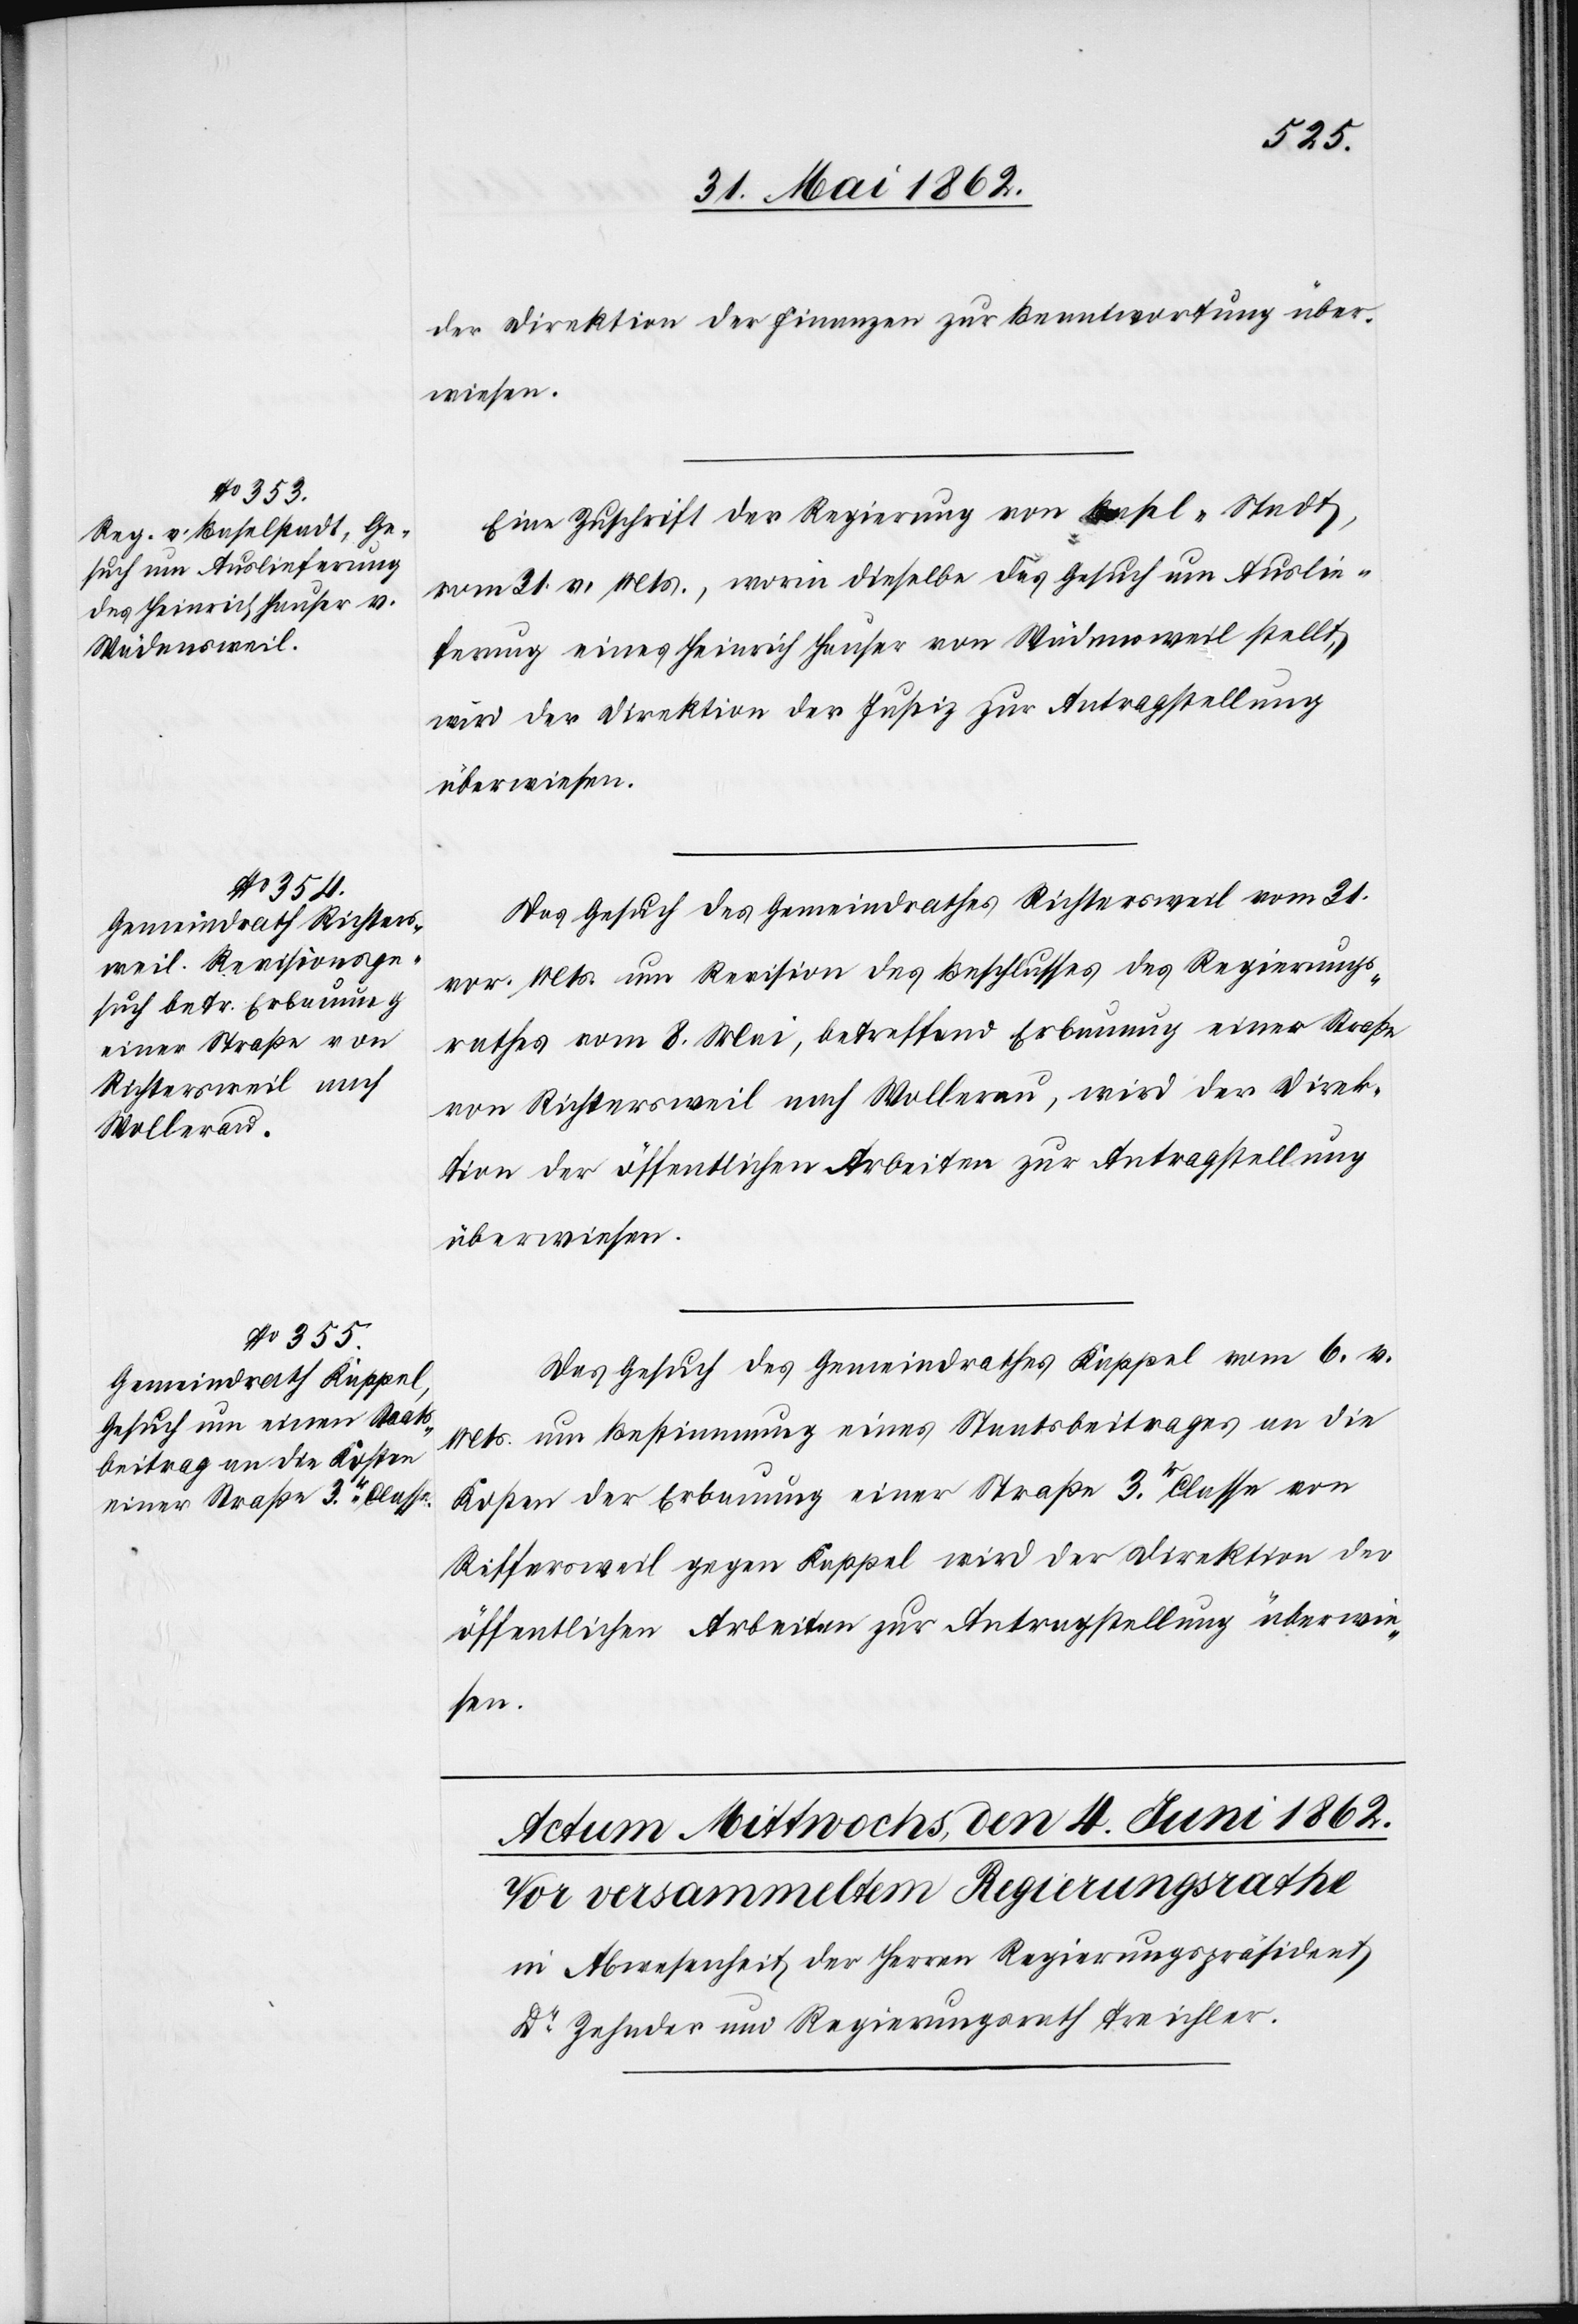
der Direktion der Finanzen zur Beantwortung über¬
wiesen.
Eine Zuschrift der Regierung von Basel-Stadt,
vom 31. v. Mts., worin dieselbe das Gesuch um Auslie¬
ferung eines Heinrich Hauser von Wädensweil stellt,
wird der Direktion der Justiz zur Antragstellung
überwiesen.
Das Gesuch des Gemeindrathes Richtersweil vom 31.
vor. Mts. um Revision des Beschlusses des Regierungs¬
rathes vom 8. Mai, betreffend Erbauung einer Straße
von Richtersweil nach Wollerau, wird der Direk¬
tion der öffentlichen Arbeiten zur Antragstellung
überwiesen.
Das Gesuch des Gemeindrathes Kappel vom 6. v.
Mts., um Bestimmung eines Staatsbeitrages an die
Kosten der Erbauung einer Straße 3r. Klasse von
Riffersweil gegen Kappel wird der Direktion der
öffentlichen Arbeiten zur Antragstellung überwie¬
sen.